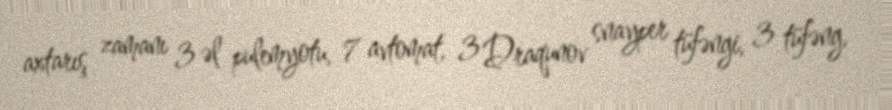
axtarış zamanı 3 əl pulemyotu, 7 avtomat, 3 Draqunov snayper tüfəngi, 3 tüfəng,